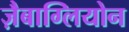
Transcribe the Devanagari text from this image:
ज़ैबाग्लियोन